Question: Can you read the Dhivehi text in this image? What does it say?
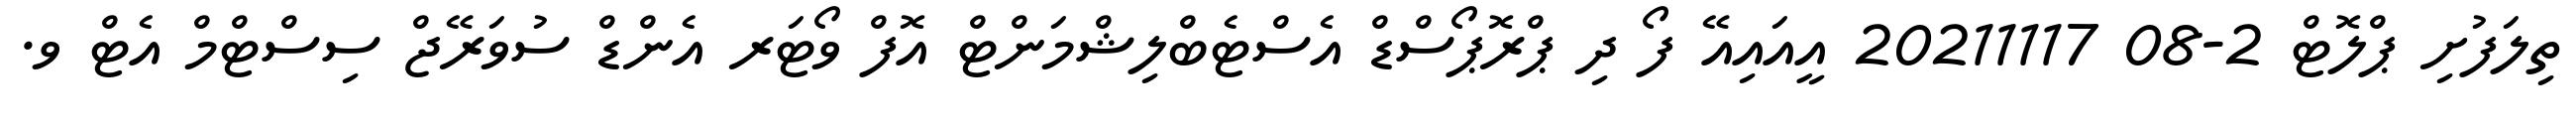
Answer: ތިލަފުށި ޕްލޮޓް 2-08 20211117 އީއައިއޭ ފޯ ދި ޕްރޮޕޯސްޑް އެސްޓެބްލިޝްމަންޓް އޮފް ވޯޓަރ އެންޑް ސުވަރޭޖް ސިސްޓްމް އެޓް ވ.